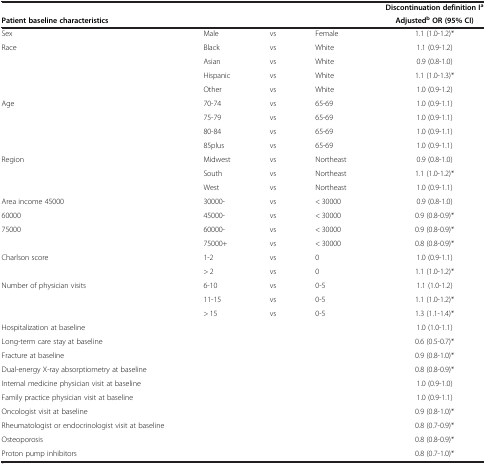
<table><thead><tr><td colspan="4"><b> </b></td><td><b>Discontinuation definition I<sup>a</sup></b></td></tr><tr><td colspan="4"><b>Patient baseline characteristics </b></td><td><b>Adjusted<sup>b </sup>OR (95% CI)</b></td></tr></thead><tbody><tr><td>Sex</td><td>Male</td><td>vs</td><td>Female</td><td>1.1 (1.0-1.2)*</td></tr><tr><td>Race</td><td>Black</td><td>vs</td><td>White</td><td>1.1 (0.9-1.2)</td></tr><tr><td> </td><td>Asian</td><td>vs</td><td>White</td><td>0.9 (0.8-1.0)</td></tr><tr><td> </td><td>Hispanic</td><td>vs</td><td>White</td><td>1.1 (1.0-1.3)*</td></tr><tr><td> </td><td>Other</td><td>vs</td><td>White</td><td>1.0 (0.9-1.2)</td></tr><tr><td>Age</td><td>70-74</td><td>vs</td><td>65-69</td><td>1.0 (0.9-1.1)</td></tr><tr><td> </td><td>75-79</td><td>vs</td><td>65-69</td><td>1.0 (0.9-1.1)</td></tr><tr><td> </td><td>80-84</td><td>vs</td><td>65-69</td><td>1.0 (0.9-1.1)</td></tr><tr><td> </td><td>85plus</td><td>vs</td><td>65-69</td><td>1.0 (0.9-1.1)</td></tr><tr><td>Region</td><td>Midwest</td><td>vs</td><td>Northeast</td><td>0.9 (0.8-1.0)</td></tr><tr><td> </td><td>South</td><td>vs</td><td>Northeast</td><td>1.1 (1.0-1.2)*</td></tr><tr><td> </td><td>West</td><td>vs</td><td>Northeast</td><td>1.0 (0.9-1.1)</td></tr><tr><td>Area income 45000</td><td>30000-</td><td>vs</td><td>&lt; 30000</td><td>0.9 (0.8-1.0)</td></tr><tr><td>60000</td><td>45000-</td><td>vs</td><td>&lt; 30000</td><td>0.9 (0.8-0.9)*</td></tr><tr><td>75000</td><td>60000-</td><td>vs</td><td>&lt; 30000</td><td>0.9 (0.8-0.9)*</td></tr><tr><td> </td><td>75000+</td><td>vs</td><td>&lt; 30000</td><td>0.8 (0.8-0.9)*</td></tr><tr><td>Charlson score</td><td>1-2</td><td>vs</td><td>0</td><td>1.0 (0.9-1.1)</td></tr><tr><td> </td><td>&gt; 2</td><td>vs</td><td>0</td><td>1.1 (1.0-1.2)*</td></tr><tr><td>Number of physician visits</td><td>6-10</td><td>vs</td><td>0-5</td><td>1.1 (1.0-1.2)</td></tr><tr><td> </td><td>11-15</td><td>vs</td><td>0-5</td><td>1.1 (1.0-1.2)*</td></tr><tr><td> </td><td>&gt; 15</td><td>vs</td><td>0-5</td><td>1.3 (1.1-1.4)*</td></tr><tr><td>Hospitalization at baseline</td><td> </td><td> </td><td> </td><td>1.0 (1.0-1.1)</td></tr><tr><td>Long-term care stay at baseline</td><td> </td><td> </td><td> </td><td>0.6 (0.5-0.7)*</td></tr><tr><td>Fracture at baseline </td><td> </td><td> </td><td> </td><td>0.9 (0.8-1.0)*</td></tr><tr><td>Dual-energy X-ray absorptiometry at baseline</td><td> </td><td> </td><td> </td><td>0.8 (0.8-0.9)*</td></tr><tr><td>Internal medicine physician visit at baseline</td><td> </td><td> </td><td> </td><td>1.0 (0.9-1.0)</td></tr><tr><td>Family practice physician visit at baseline</td><td> </td><td> </td><td> </td><td>1.0 (0.9-1.1)</td></tr><tr><td>Oncologist visit at baseline </td><td> </td><td> </td><td> </td><td>0.9 (0.8-1.0)*</td></tr><tr><td>Rheumatologist or endocrinologist visit at baseline</td><td> </td><td> </td><td> </td><td>0.8 (0.7-0.9)*</td></tr><tr><td>Osteoporosis </td><td> </td><td> </td><td> </td><td>0.8 (0.8-0.9)*</td></tr><tr><td>Proton pump inhibitors</td><td> </td><td> </td><td> </td><td>0.8 (0.7-1.0)*</td></tr></tbody></table>